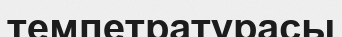
темпетратурасы